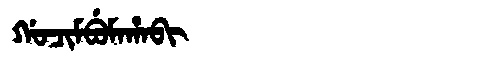
Manchu: ᡤᠣᠴᡳᠮᠪᡠᠮᠠᡥᠠᠪᡳ
Romanization: GOCIMBUMAHABI